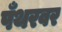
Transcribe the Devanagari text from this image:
पँथरवर